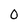
Character: 0